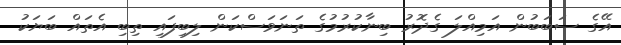
އޭގެ ސަބަބުން އަމިއްލަ ގެދޮރު ބިނާކުރުމުގެ ތަނަވަސްކަން ލިބިފައި ތިބި އެތައް ބަޔަކު